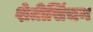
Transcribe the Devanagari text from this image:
शेतीसिंचन